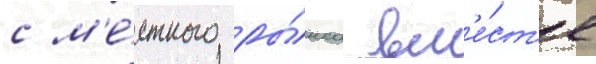
с м'е́стного ры́нка вм'е́ст'е